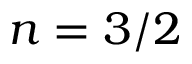
n = 3 / 2